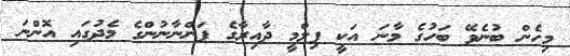
މިހެން ބުނެވޭ ބަހުގެ މާނަ އަކީ ފިލްމީ ދާއިރާގެ ފަންނާނުންގެ މެދުގައި އޮންނަ